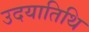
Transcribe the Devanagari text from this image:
उदयातिथि